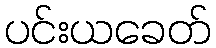
ပင်းယခေတ်